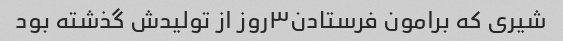
شیری که برامون فرستادن۳روز از تولیدش گذشته بود